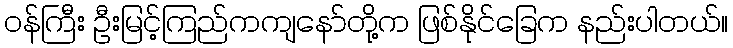
ဝန်ကြီး ဦးမြင့်ကြည်ကကျနော်တို့က ဖြစ်နိုင်ခြေက နည်းပါတယ်။